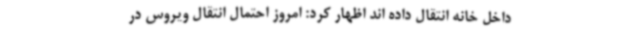
داخل خانه انتقال داده اند اظهار کرد: امروز احتمال انتقال ویروس در